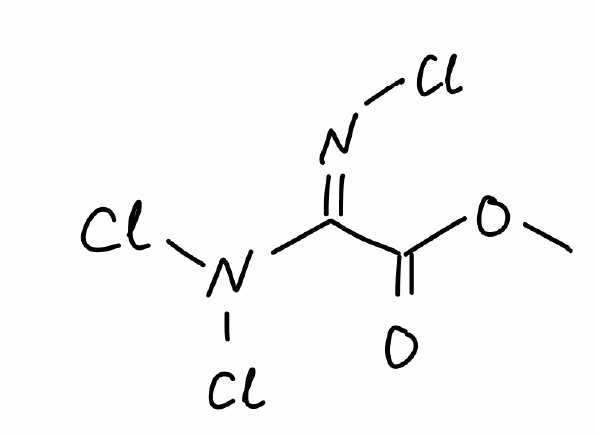
Simplified molecular-input line-entry system (SMILES) notation of the given molecule:
COC(=O)/C(=N\Cl)/N(Cl)Cl